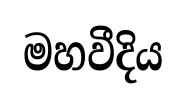
මහවීදිය